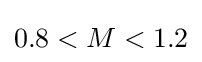
0.8<M<1.2